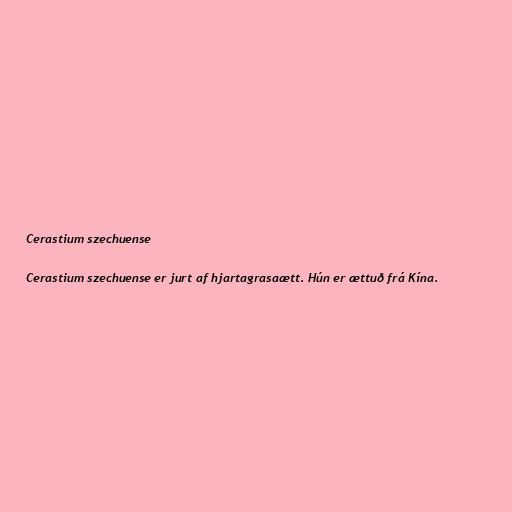
Cerastium szechuense

Cerastium szechuense er jurt af hjartagrasaætt. Hún er ættuð frá Kína.